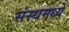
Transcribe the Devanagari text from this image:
संस्थमध्ये